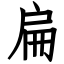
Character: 扁